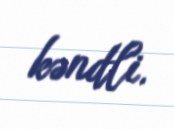
kəndli.